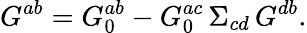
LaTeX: G^{ab}=G_{0}^{ab}-G_{0}^{ac}\, \Sigma_{cd}\, G^{db}.